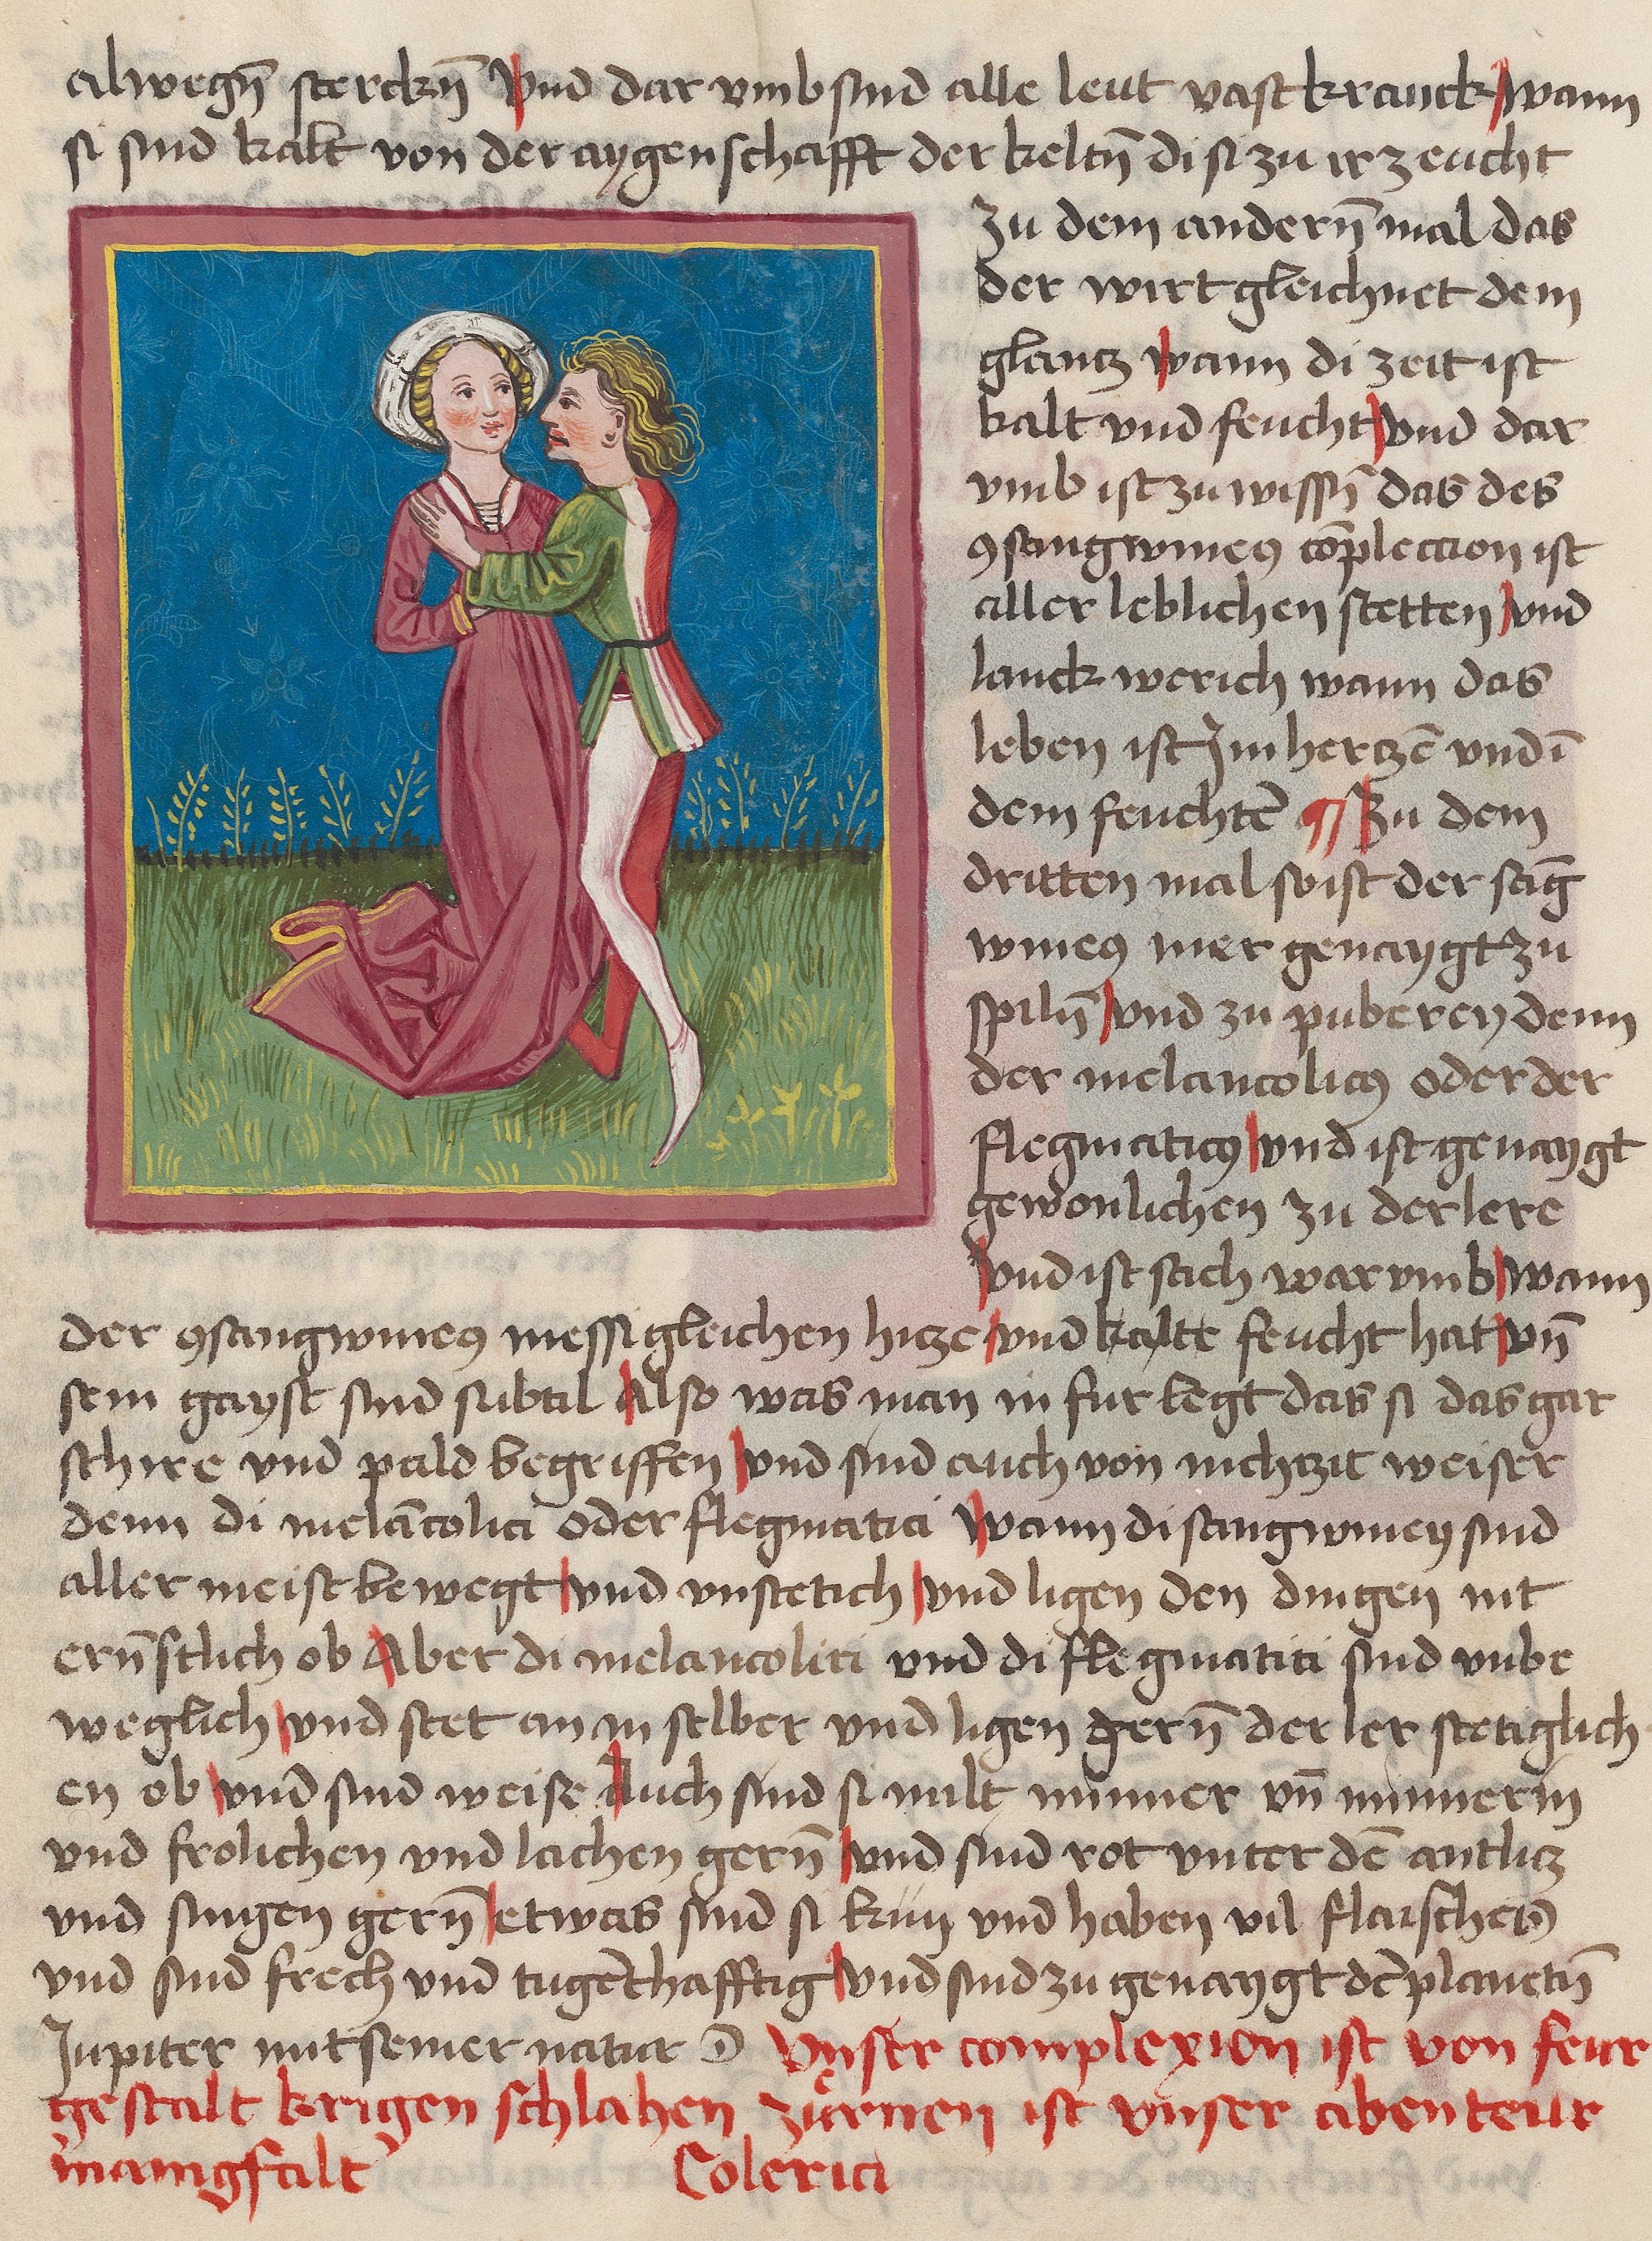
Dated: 1459–1471